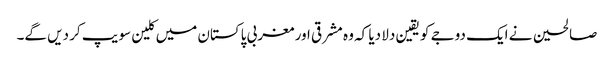
صالحین نے ایک دوجے کو یقین دلا دیا کہ وہ مشرقی اور مغربی پاکستان میں کلین سویپ کر دیں گے۔